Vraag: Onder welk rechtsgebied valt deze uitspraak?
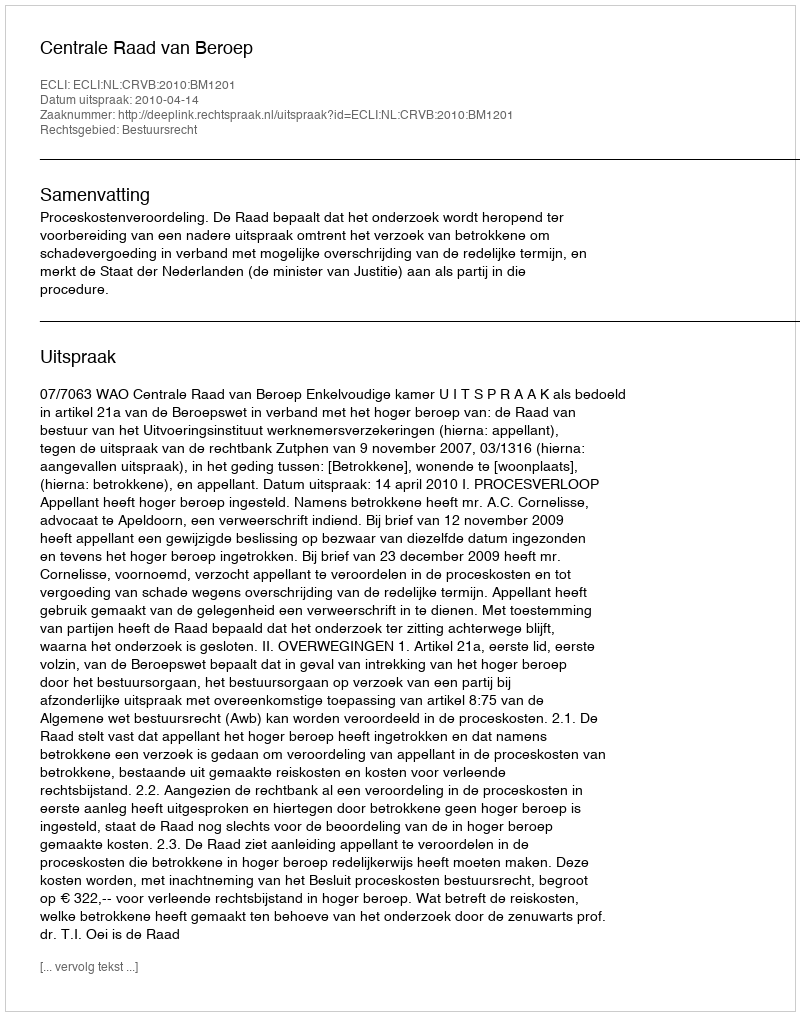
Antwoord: Bestuursrecht